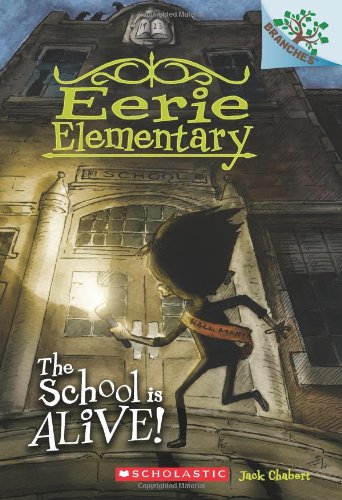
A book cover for Eerie Elementary #1: The School Is Alive! (A Branches Book); Jack Chabert; Children's Books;